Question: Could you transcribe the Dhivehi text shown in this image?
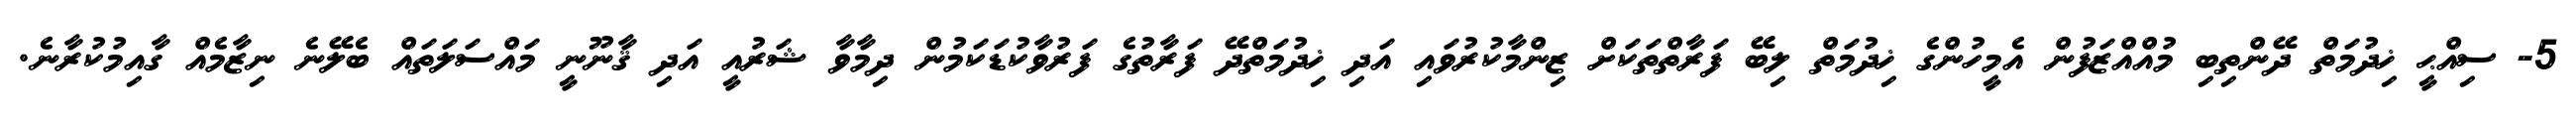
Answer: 5- ސިއްޙީ ޚިދުމަތް ދޭންތިބި މުއްއްޒަފުން އެމީހުންގެ ޚިދުމަތް ލިބޭ ފަރާތްތަކަށް ޒިންމާކުރުވައި އަދި ޚިދުމަތްދޭ ފަރާތުގެ ފަރުވާކުޑަކަމުން ދިމާވާ ޝަރުއީ އަދި ޤާނޫނީ މައްސަލަތައް ބެލޭނެ ނިޒާމެއް ގާއިމުކުރާނެ.